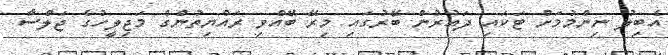
އެބިލު ނިންމުމަށް ޓަކައި ދައުރުން ބޭރުގައި މިރޭ ބޭއްވި ރައްޔިތުންގެ މަޖިލީހުގެ ޖަލްސާ